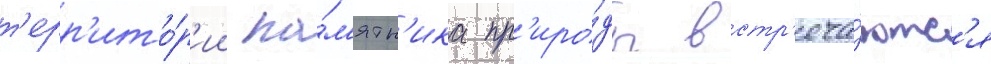
т'ерр'ито́р'ии па́м'ятн'ика пр'иро́ды встр'еча́ютс'я